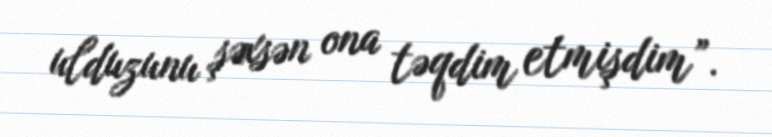
ulduzunu şəxsən ona təqdim etmişdim”.